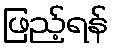
ဖြည့်ရန်